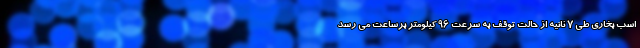
اسب بخاری طی 7 ثانیه از حالت توقف به سرعت 96 کیلومتر برساعت می رسد